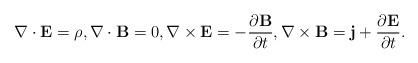
LaTeX: \begin{align*}\nabla\cdot{\mathbf E}=\rho,\nabla\cdot{\mathbf B}=0,\nabla\times{\mathbf E}=-\frac{\partial{\mathbf B}}{\partial t},\nabla\times{\mathbf B}={\mathbf j}+\frac{\partial {\mathbf E}}{\partial t}.\end{align*}